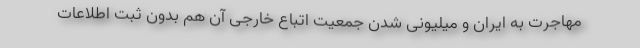
مهاجرت به ایران و میلیونی شدن جمعیت اتباع خارجی آن هم بدون ثبت اطلاعات